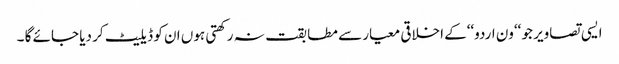
ایسی تصاویر جو ‘‘ون اردو‘‘کے اخلاقی معیار سے مطابقت نہ رکھتی ہوں ان کو ڈیلیٹ کر دیا جائے گا ۔